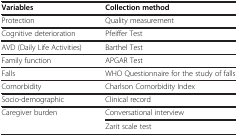
<table><thead><tr><td><b>Variables</b></td><td><b>Collection method</b></td></tr></thead><tbody><tr><td>Protection</td><td>Quality measurement</td></tr><tr><td>Cognitive deterioration</td><td>Pfeiffer Test</td></tr><tr><td>AVD (Daily Life Activities)</td><td>Barthel Test</td></tr><tr><td>Family function</td><td>APGAR Test</td></tr><tr><td>Falls</td><td>WHO Questionnaire for the study of falls</td></tr><tr><td>Comorbidity</td><td>Charlson Comorbidity Index</td></tr><tr><td>Socio-demographic</td><td>Clinical record</td></tr><tr><td>Caregiver burden</td><td>Conversational interview</td></tr><tr><td> </td><td>Zarit scale test</td></tr></tbody></table>